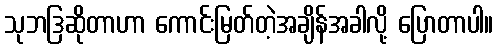
သုဘဒြဆိုတာဟာ ကောင်းမြတ်တဲ့အချိန်အခါလို့ ပြောတာပါ။